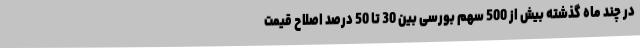
در چند ماه گذشته بیش از 500 سهم بورسی بین 30 تا 50 درصد اصلاح قیمت